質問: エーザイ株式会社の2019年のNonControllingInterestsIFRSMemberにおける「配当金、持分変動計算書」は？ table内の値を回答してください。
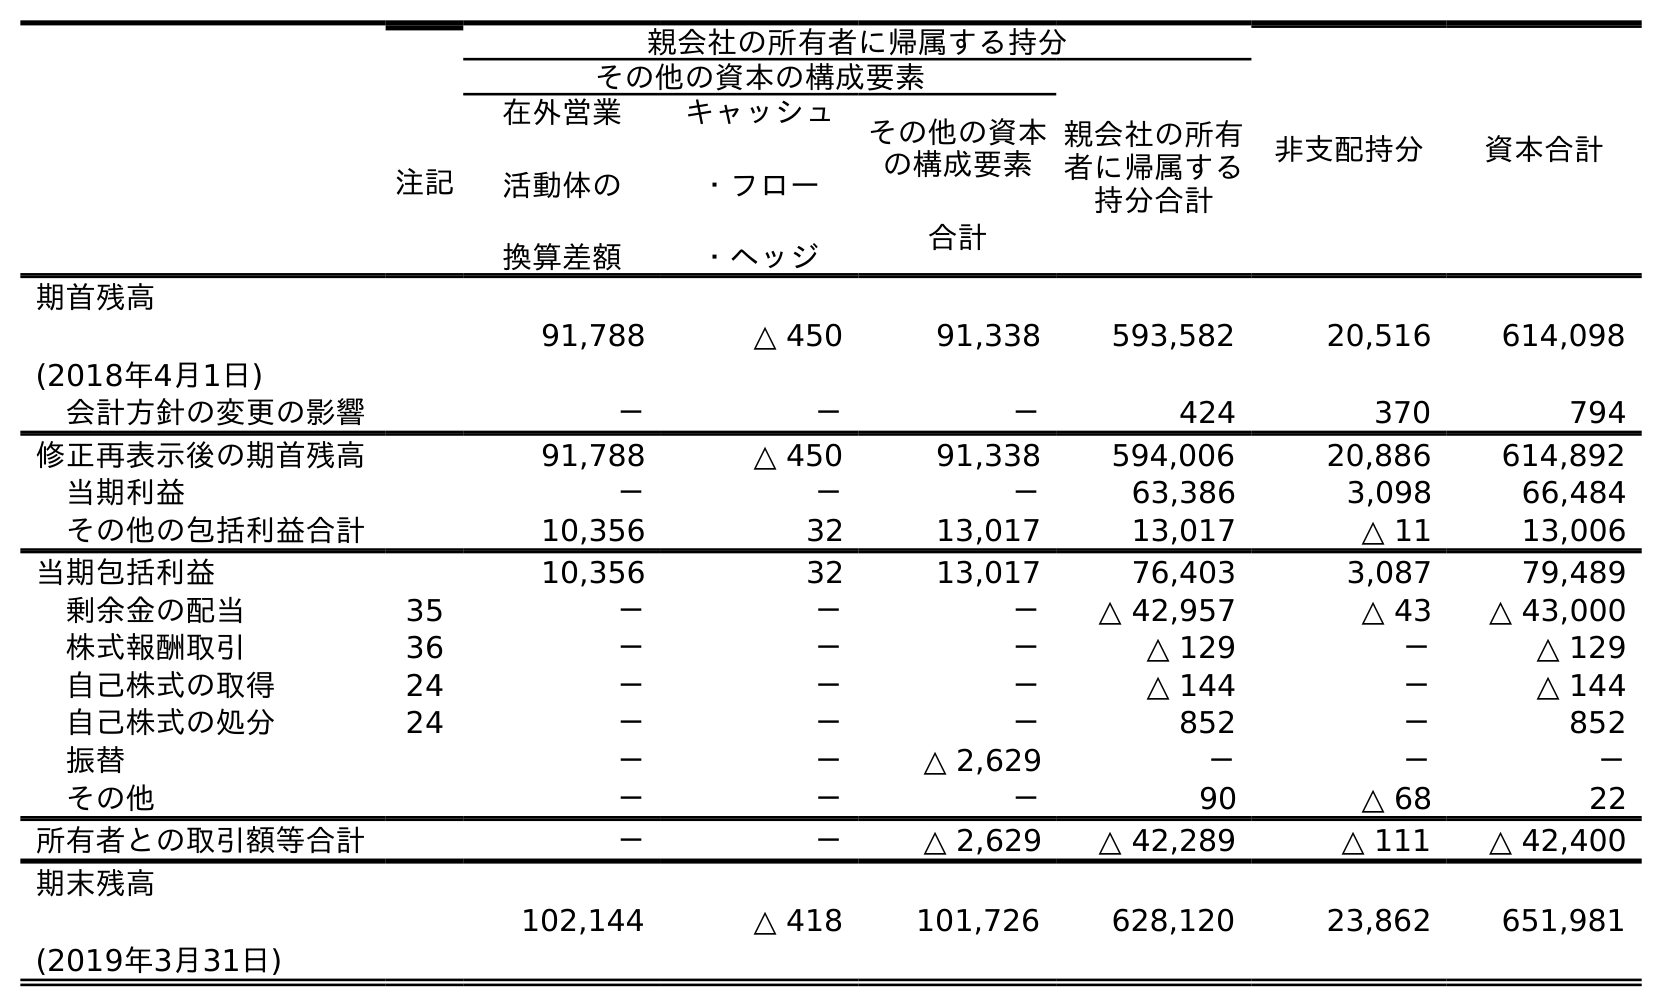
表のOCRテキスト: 注記 親会社の所有者に帰属する持分 非支配持分 資本合計 その他の資本の構成要素 親会社の所有 者に帰属する 持分合計 在外営業 活動体の 換算差額 キャッシュ ・フロー ・ヘッジ その他の資本 の構成要素 合計 期首残高 (2018年4月1日) 91,788 △ 450 91,338 593,582 20,516 614,098 会計方針の変更の影響 － － － 424 370 794 修正再表示後の期首残高 91,788 △ 450 91,338 594,006 20,886 614,892 当期利益 － － － 63,386 3,098 66,484 その他の包括利益合計 10,356 32 13,017 13,017 △ 11 13,006 当期包括利益 10,356 32 13,017 76,403 3,087 79,489 剰余金の配当 35 － － － △ 42,957 △ 43 △ 43,000 株式報酬取引 36 － － － △ 129 － △ 129 自己株式の取得 24 － － － △ 144 － △ 144 自己株式の処分 24 － － － 852 － 852 振替 － － △ 2,629 － － － その他 － － － 90 △ 68 22 所有者との取引額等合計 － － △ 2,629 △ 42,289 △ 111 △ 42,400 期末残高 (2019年3月31日) 102,144 △ 418 101,726 628,120 23,862 651,981
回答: △43